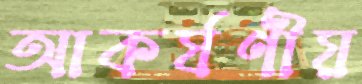
আকর্ষণীয়